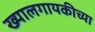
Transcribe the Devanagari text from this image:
ख्यालगायकीच्या